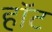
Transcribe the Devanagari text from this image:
हाॅट